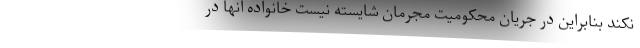
نکند بنابراین در جریان محکومیت مجرمان شایسته نیست خانواده آنها در